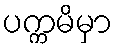
ပက္ကမိမှာ